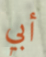
أبي